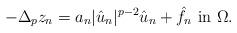
LaTeX: \begin{align*} -\Delta_p z_n= a_n |\hat{u}_n|^{p-2}\hat{u}_n +\hat{f}_n \hbox{ in }\Omega.\end{align*}